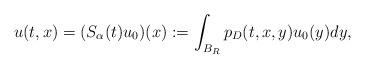
LaTeX: \begin{align*}u(t,x)=(S_{\alpha}(t)u_{0})(x):=\int_{B_{R}}p_{D}(t,x,y)u_{0}(y)dy,\end{align*}